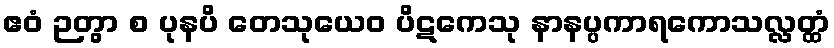
ဧဝံ ဉတွာ စ ပုနပိ တေသုယေဝ ပိဋကေသု နာနပ္ပကာရကောသလ္လတ္ထံ